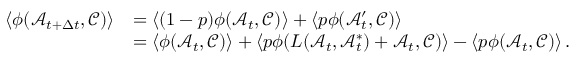
\begin{array} { r l } { \langle \phi ( \mathcal { A } _ { t + \Delta t } , \mathcal { C } ) \rangle } & { = \langle ( 1 - p ) \phi ( \mathcal { A } _ { t } , \mathcal { C } ) \rangle + \langle p \phi ( \mathcal { A } _ { t } ^ { \prime } , \mathcal { C } ) \rangle } \\ & { = \langle \phi ( \mathcal { A } _ { t } , \mathcal { C } ) \rangle + \langle p \phi ( L ( \mathcal { A } _ { t } , \mathcal { A } _ { t } ^ { * } ) + \mathcal { A } _ { t } , \mathcal { C } ) \rangle - \langle p \phi ( \mathcal { A } _ { t } , \mathcal { C } ) \rangle \, . } \end{array}